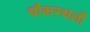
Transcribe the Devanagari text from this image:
चौकस्थलों